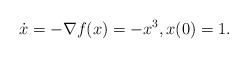
\begin{align*} \dot{x} = -\nabla f(x) = -x^3, x(0) = 1. \end{align*}